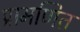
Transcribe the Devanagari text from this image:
प्रामणित